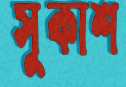
সুকাশ